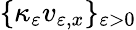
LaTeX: \{ \kappa_{\varepsilon}v_{\varepsilon,x}\} _{\varepsilon>0}